Insane asylums Bombay 1873-77 - 1873-1877
Year: 1873
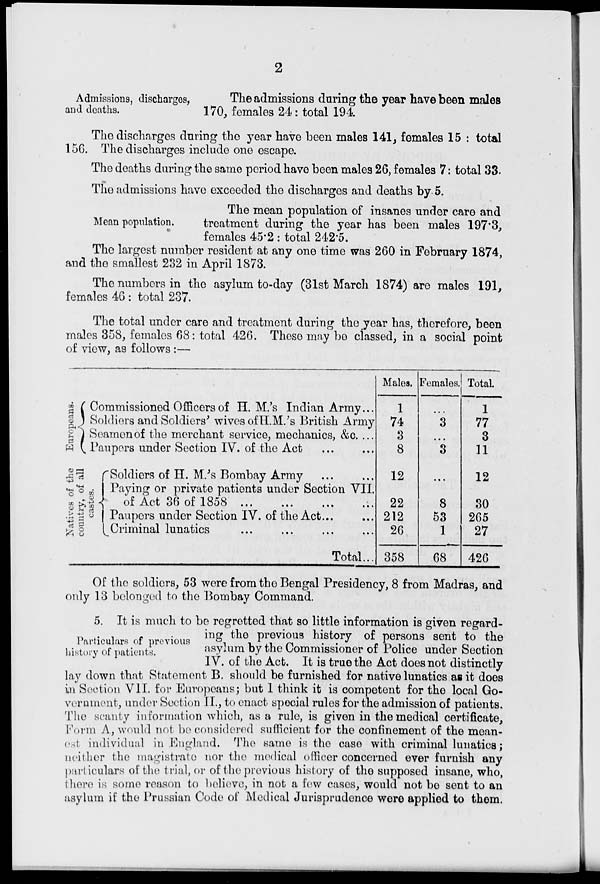
2
Admissions, discharges,
and deaths.
The admissions during the year have been males
170, females 24: total 194.
The discharges during the year have been males 141, females 15 : total
156. The discharges include one escape.
The deaths during the same period have been males 26, females 7: total 33.
The admissions have exceeded the discharges and deaths by 5.
Mean population.
The mean population of insanes under care and
treatment during the year has been males 197.3,
females 45.2 : total 242.5.
The largest number resident at any one time was 260 in February 1874,
and the smallest 232 in April 1873.
The numbers in the asylum to-day (31st March 1874) are males 191,
females 46 : total 237.
The total under care and treatment during the year has, therefore, been
males 358, females 68: total 426. These may be classed, in a social point
of view, as follows :—
Eur ope a ns .
Natives of the
country, of all
causes.
Commissioned Officers of H. M.'s Indian Army...
Soldiers and Soldiers' wives of H.M.'s British Army
Seamen of the merchant service, mechanics, &c. ...
Paupers under Section IV. of the Act ... ...
Soldiers of H. M.'s Bombay Army ... ...
Paying or private patients under Section VII.
of Act 36 of 1858
...
...
...
...
Paupers under Section IV. of the Act... ...
Criminal lunatics ... ... ... ...
Total...
Males.
1
74
3
8
12
22
212
26
358
Females.
...
3
...
3
...
8
53
1
68
Total.
1
77
3
11
12
30
265
27
426
Of the soldiers, 53 were from the Bengal Presidency, 8 from Madras, and
only 13 belonged to the Bombay Command.
Particulars of previous
history of patients.
5. It is much to be regretted that so little information is given regard-
ing the previous history of persons sent to the
asylum by the Commissioner of Police under Section
IV. of the Act. It is true the Act does not distinctly
lay down that Statement B. should be furnished for native lunatics as it does
in Section VII. for Europeans; but I think it is competent for the local Go-
vernment, under Section II., to enact special rules for the admission of patients.
The scanty information which, as a rule, is given in the medical certificate,
Form A, would not be considered sufficient for the confinement of the mean-
est individual in England. The same is the case with criminal lunatics;
neither the magistrate nor the medical officer concerned ever furnish any
particulars of the trial, or of the previous history of the supposed insane, who,
there is some reason to believe, in not a few cases, would not be sent to an
asylum if the Prussian Code of Medical Jurisprudence were applied to them.